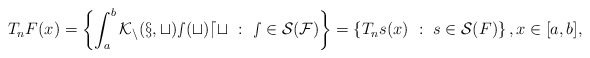
\begin{align*} T_nF (x) = \left \{ \int_{a}^{b} \cal K_n(x,t) s(t) dt \ : \ s \in\mathcal{S}(F) \right\} = \left \{ T_ns (x) \ : \ s \in\mathcal{S}(F) \right \}, x \in [a,b],\end{align*}